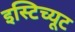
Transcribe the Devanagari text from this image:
इस्‍टिच्‍यूट